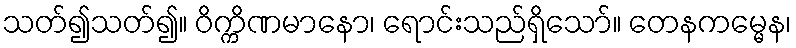
သတ်၍သတ်၍။ ဝိက္ကိဏမာနော၊ ရောင်းသည်ရှိသော်။ တေနကမ္မေန၊